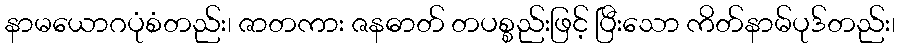
နာမယောဂပုံစံတည်း၊ ဇာတကား ဇနဓာတ် တပစ္စည်းဖြင့် ပြီးသော ကိတ်နာမ်ပုဒ်တည်း၊